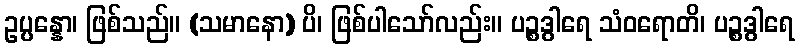
ဥပ္ပန္နော၊ ဖြစ်သည်။ (သမာနော) ပိ၊ ဖြစ်ပါသော်လည်း။ ပဉ္စဒွါရေ သံဝရောတိ၊ ပဉ္စဒွါရေ